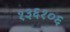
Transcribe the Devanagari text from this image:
१३६१०६